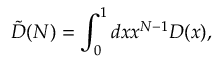
\tilde { D } ( N ) = \int _ { 0 } ^ { 1 } d x x ^ { N - 1 } D ( x ) ,